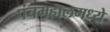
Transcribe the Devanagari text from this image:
पंचमहालमध्ये